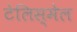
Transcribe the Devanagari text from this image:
टेलिस्मेल